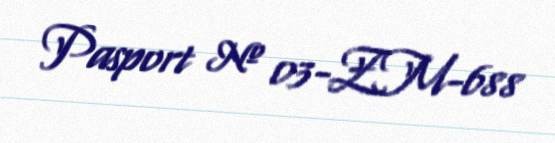
Pasport № 03-ZM-688